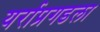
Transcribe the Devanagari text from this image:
यर्राप्रगडला